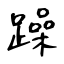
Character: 躁